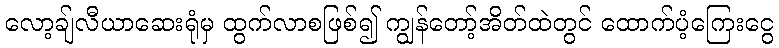
လော့ချ်လီယာဆေးရုံမှ ထွက်လာစဖြစ်၍ ကျွန်တော့်အိတ်ထဲတွင် ထောက်ပံ့ကြေးငွေ